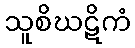
သူစိဃဋိကံ